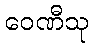
ဝေဏီသု